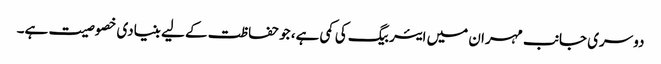
دوسری جانب مہران میں ایئربیگ کی کمی ہے، جو حفاظت کے لیے بنیادی خصوصیت ہے۔